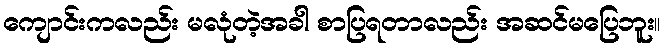
ကျောင်းကလည်း မလုံတဲ့အခါ စာပြရတာလည်း အဆင်မပြေဘူး။